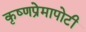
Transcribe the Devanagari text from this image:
कृष्णप्रेमापोटी